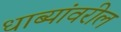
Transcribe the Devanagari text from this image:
धाब्यांवरील